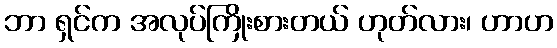
ဘာ ရှင်က အလုပ်ကြိုးစားတယ် ဟုတ်လား၊ ဟာဟ